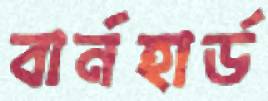
বার্নহার্ড